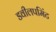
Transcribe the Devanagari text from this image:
डवीलपमिंट